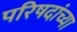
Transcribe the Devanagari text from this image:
परिषदांच्या